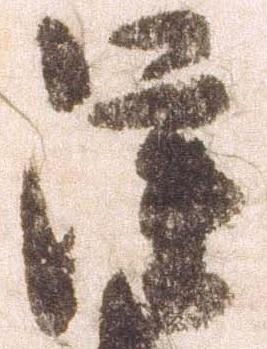
雖